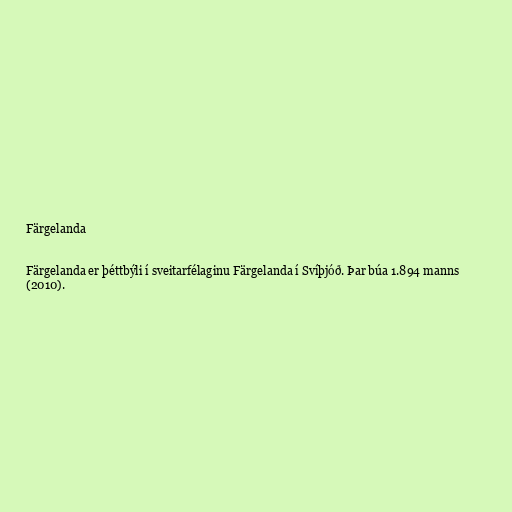
Färgelanda

Färgelanda er þéttbýli í sveitarfélaginu Färgelanda í Svíþjóð. Þar búa 1.894 manns
(2010).